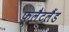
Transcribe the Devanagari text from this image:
फ्लैटलैंड